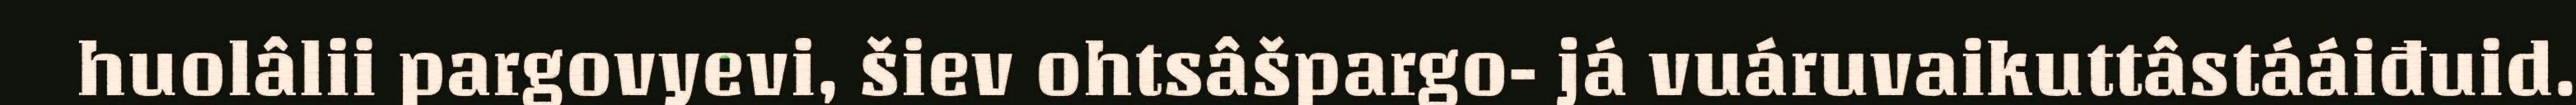
huolâlii pargovyevi, šiev ohtsâšpargo- já vuáruvaikuttâstááiđuid.